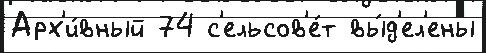
Арх'и́вный 74 с'ельсов'е́т вы́д'ел'ены